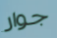
جوار